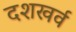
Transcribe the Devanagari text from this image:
दशखर्व